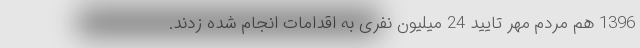
1396 هم مردم مهر تایید 24 میلیون نفری به اقدامات انجام شده زدند.